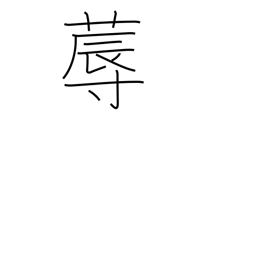
Meaning: bed